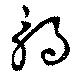
触